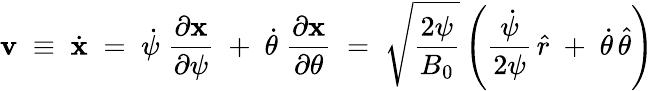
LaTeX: {\mathbf v}\; \equiv\; \dot{\mathbf x}\; =\; \dot{\psi}\; \frac{\partial\mathbf x}{\partial\psi}\; +\; \dot{\theta}\; \frac{\partial\mathbf x}{\partial\theta}\; =\; \sqrt{\frac{2\psi}{B_{0}}}\left(\frac{\dot{\psi}}{2\psi}\, \widehat{r}\; +\; \dot{\theta}\, \widehat{\theta}\right)